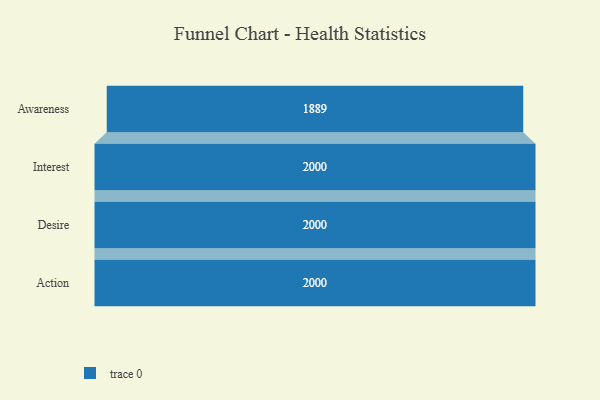
{"axis": {"x": "Stage", "y": "Value"}, "legend": [""], "data": [{"x": "Awareness", "y": 1889.0, "type": ""}, {"x": "Interest", "y": 2000, "type": ""}, {"x": "Desire", "y": 2000, "type": ""}, {"x": "Action", "y": 2000, "type": ""}]}